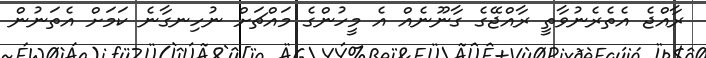
ރާއްޖެ އެތެރެނުވާތީ ރާއްޖޭގެ ގާނޫނެއް އެ މީހުންގެ މައްޗަށް ނުހިނގާނެ ކަމަށް އެތަނުން